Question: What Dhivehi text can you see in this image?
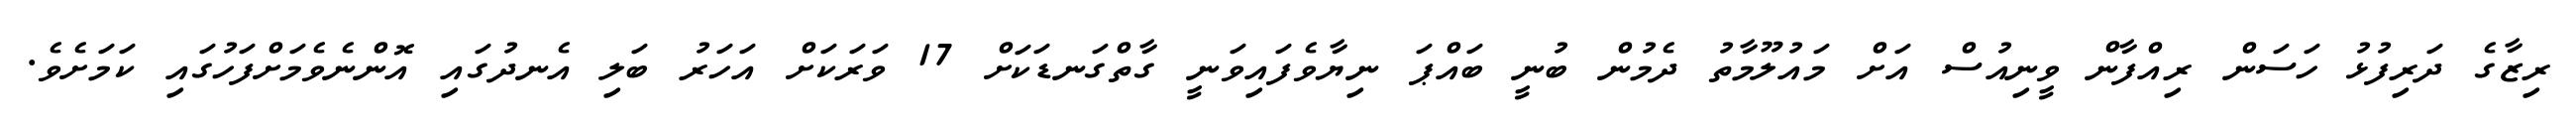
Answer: ރިޒާގެ ދަރިފުޅު ހަސަން ރިއްފާން ވީނިއުސް އަށް މައުލޫމާތު ދެމުން ބުނީ ބައްޕަ ނިޔާވެފައިވަނީ ގާތްގަނޑަކަށް 17 ވަރަކަށް އަހަރު ބަލި އެނދުގައި އޮންނެވެމަށްފަހުގައި ކަމަށެވެ.